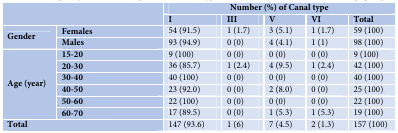
<table><thead><tr><td rowspan="2" colspan="2"></td><td colspan="5"><b>Number (%) of Canal type</b></td></tr><tr><td><b>I</b></td><td><b>III</b></td><td><b>V</b></td><td><b>VI</b></td><td><b>Total</b></td></tr></thead><tbody><tr><td rowspan="2"><b>Gender</b></td><td><b>Females</b></td><td>54 (91.5)</td><td>1 (1.7)</td><td>3 (5.1)</td><td>1 (1.7)</td><td>59 (100)</td></tr><tr><td><b>Males</b></td><td>93 (94.9) </td><td>0 (0)</td><td>4 (4.1)</td><td>1 (1)</td><td>98 (100)</td></tr><tr><td rowspan="6"><b>Age (year)</b></td><td><b>15-20 </b></td><td>9 (100)</td><td>0 (0)</td><td>0 (0)</td><td>0 (0)</td><td>9 (100)</td></tr><tr><td><b>20-30 </b></td><td>36 (85.7)</td><td>1 (2.4)</td><td>4 (9.5)</td><td>1 (2.4)</td><td>42 (100)</td></tr><tr><td><b>30-40 </b></td><td>40 (100)</td><td>0 (0)</td><td>0 (0)</td><td>0 (0)</td><td>40 (100)</td></tr><tr><td><b>40-50 </b></td><td>23 (92.0)</td><td>0 (0)</td><td>2 (8.0)</td><td>0 (0)</td><td>25 (100)</td></tr><tr><td><b>50-60 </b></td><td>22 (100)</td><td>0 (0)</td><td>0 (0)</td><td>0 (0)</td><td>22 (100)</td></tr><tr><td><b>60-70 </b></td><td>17 (89.5)</td><td>0 (0)</td><td>1 (5.3)</td><td>1 (5.3)</td><td>19 (100)</td></tr><tr><td colspan="2"><b>Total</b></td><td>147 (93.6)</td><td>1 (6)</td><td>7 (4.5)</td><td>2 (1.3)</td><td>157 (100)</td></tr></tbody></table>